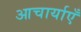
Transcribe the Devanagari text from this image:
आचार्याएँ